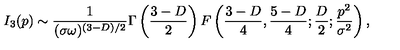
I _ { 3 } ( p ) \sim \frac { 1 } { ( \sigma \omega ) ^ { ( 3 - D ) / 2 } } \Gamma \left( \frac { 3 - D } { 2 } \right) F \left( \frac { 3 - D } { 4 } , \frac { 5 - D } { 4 } ; \frac { D } { 2 } ; \frac { p ^ { 2 } } { \sigma ^ { 2 } } \right) ,